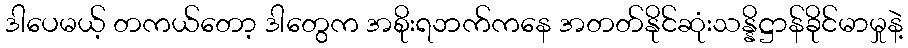
ဒါပေမယ့် တကယ်တော့ ဒါတွေက အစိုးရဘက်ကနေ အတတ်နိုင်ဆုံးသန္နိဋ္ဌာန်ခိုင်မာမှုနဲ့